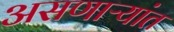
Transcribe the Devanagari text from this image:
असणाऱ्यांत